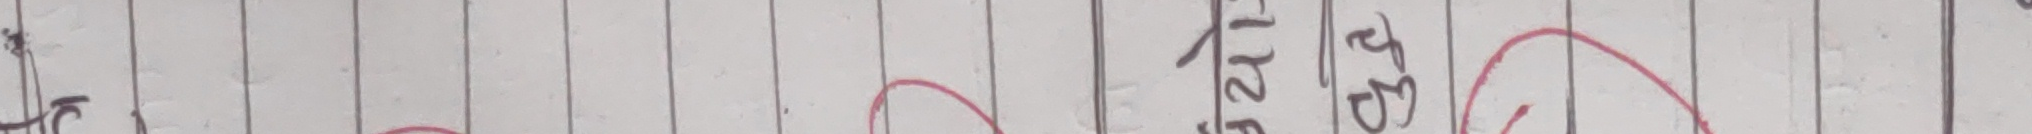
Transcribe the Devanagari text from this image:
५८.२५